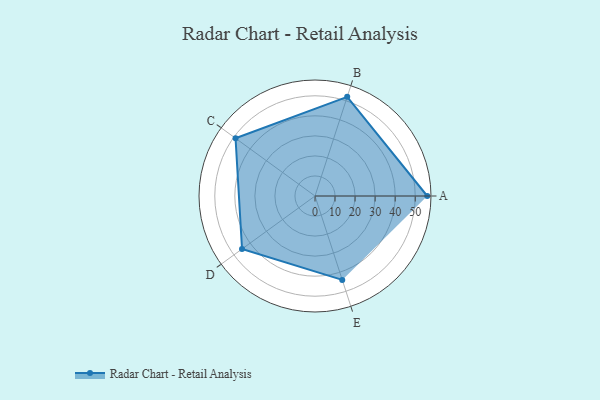
{"axis": {"x": "Skill", "y": "Score"}, "legend": ["Profile"], "data": [{"x": "A", "y": 56.0, "type": "Profile"}, {"x": "B", "y": 52.0, "type": "Profile"}, {"x": "C", "y": 49.0, "type": "Profile"}, {"x": "D", "y": 45.0, "type": "Profile"}, {"x": "E", "y": 44.0, "type": "Profile"}]}